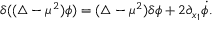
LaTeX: \delta ( ( \triangle - \mu ^ { 2 } ) \phi ) = ( \triangle - \mu ^ { 2 } ) \delta \phi + 2 \partial _ { x _ { 1 } } \dot { \phi } .